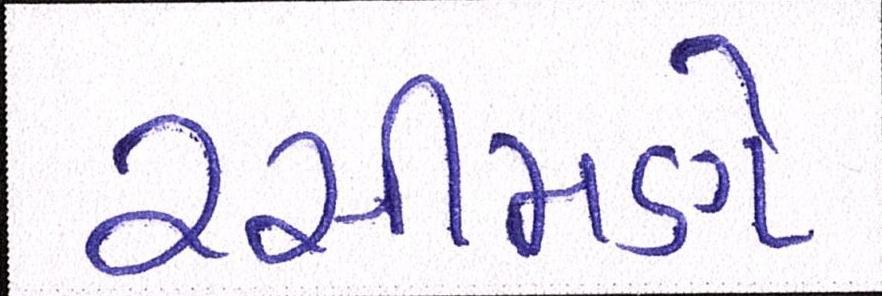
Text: રસીમણે